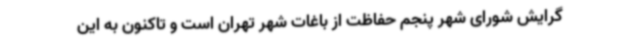
گرایش شورای شهر پنجم حفاظت از باغات شهر تهران است و تاکنون به این